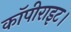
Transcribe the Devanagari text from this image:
कॉपीराइट।